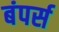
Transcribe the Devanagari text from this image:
बंपर्स